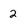
Character: 2